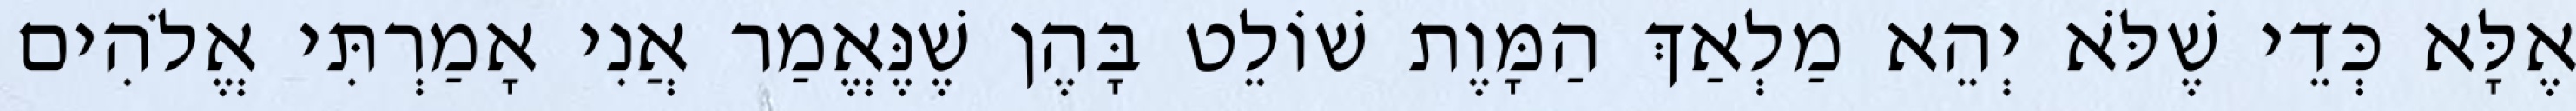
אֶלָּא כְּדֵי שֶׁלֹּא יְהֵא מַלְאַךְ הַמָּוֶת שׁוֹלֵט בָּהֶן שֶׁנֶּאֱמַר אֲנִי אָמַרְתִּי אֱלֹהִים